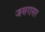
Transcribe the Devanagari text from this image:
जसरासर